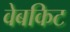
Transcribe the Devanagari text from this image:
वेबकिट